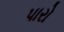
પારો